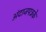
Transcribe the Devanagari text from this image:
अंदाजपत्रके